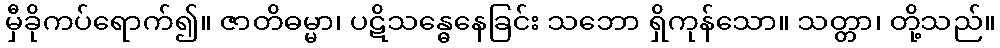
မှီခိုကပ်ရောက်၍။ ဇာတိဓမ္မာ၊ ပဋိသန္ဓေနေခြင်း သဘော ရှိကုန်သော။ သတ္တာ၊ တို့သည်။